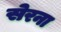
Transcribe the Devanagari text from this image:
सेरना